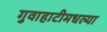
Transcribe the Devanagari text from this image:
गुवाहाटीमधल्या